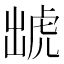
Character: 䖓